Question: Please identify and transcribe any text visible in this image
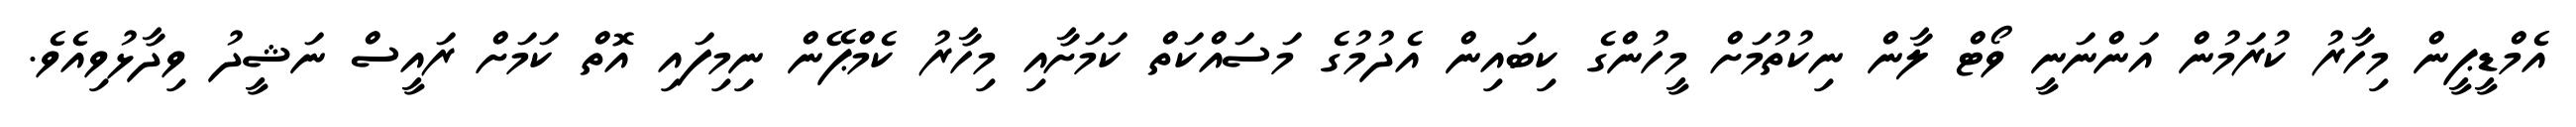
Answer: އެމްޑީޕީން މިހާރު ކުރަމުން އަންނަނީ ވޯޓް ލާން ނިކުތުމަށް މީހުންގެ ކިބައިން އެދުމުގެ މަސައްކަތް ކަމަށާއި މިހާރު ކެމްޕޭން ނިމިފައި އޮތް ކަމަށް ރައީސް ނަޝީދު ވިދާޅުވިއެވެ.